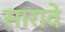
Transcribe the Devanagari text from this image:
सारावे